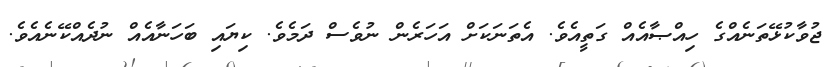
ޖުވާކުޅޭތަނެއްގެ ހިއްޞާއެއް ގަތީއެވެ. އެތަނަކަށް އަހަރެން ނުވެސް ދަމެވެ. ކިޔައި ބަހަނާއެއް ނުދެއްކޭނެއެވެ.